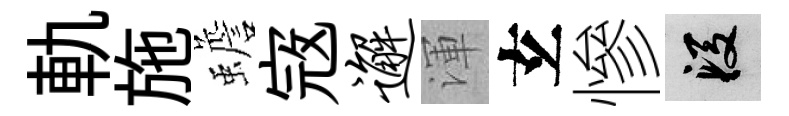
軌施蟾𡨥邂渾𤣥慘段